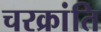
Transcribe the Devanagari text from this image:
चरक्रांति